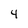
Character: 4